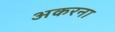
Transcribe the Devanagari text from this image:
अकरना